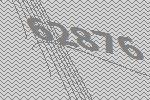
62876